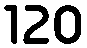
120